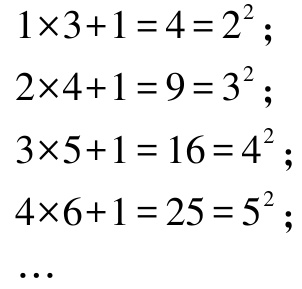
\[
\begin{align*}
1\times3 + 1&=4 = 2^{2};\\
2\times4 + 1&=9 = 3^{2};\\
3\times5 + 1&=16 = 4^{2};\\
4\times6 + 1&=25 = 5^{2};\\
&\cdots
\end{align*}
\]